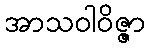
အာသဝါဝိဇ္ဇာ